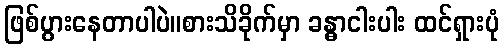
ဖြစ်ပွားနေတာပါပဲ။စားသိခိုက်မှာ ခန္ဓာငါးပါး ထင်ရှားပုံ